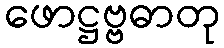
ဖောဋ္ဌဗ္ဗဓာတု